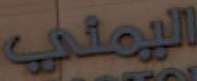
اليمني